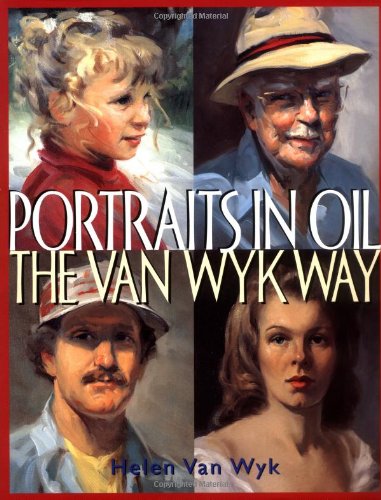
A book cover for Portraits in Oil the Van Wyk Way; Helen Van Wyk; Arts & Photography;